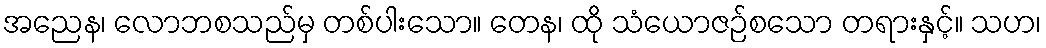
အညေန၊ လောဘစသည်မှ တစ်ပါးသော။ တေန၊ ထို သံယောဇဉ်စသော တရားနှင့်။ သဟ၊